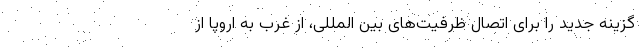
گزینه جدید را برای اتصال ظرفیت‌های بین المللی، از غرب به اروپا از